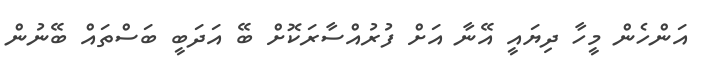
އަންހެން މީހާ ދިޔައީ އޭނާ އަށް ފުރުއްސާރަކޮށް ބޭ އަދަބީ ބަސްތައް ބޭނުން